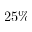
2 5 \%